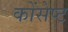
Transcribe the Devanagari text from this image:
कोंसेप्ट